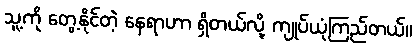
သူ့ကို တွေ့နိုင်တဲ့ နေရာဟာ ရှိတယ်လို့ ကျုပ်ယုံကြည်တယ်။